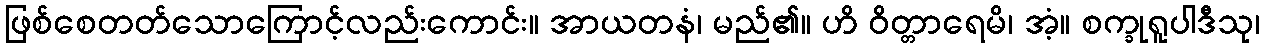
ဖြစ်စေတတ်သောကြောင့်လည်းကောင်း။ အာယတနံ၊ မည်၏။ ဟိ ဝိတ္တာရေမိ၊ အံ့။ စက္ခုရူပါဒီသု၊